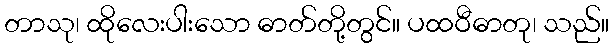
တာသု၊ ထိုလေးပါးသော ဓာတ်တို့တွင်။ ပထဝီဓာတု၊ သည်။